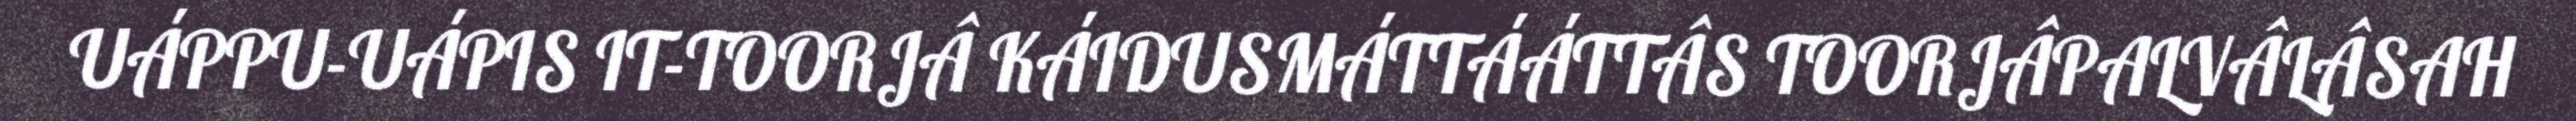
UÁPPU-UÁPIS IT-TOORJÂ KÁIDUSMÁTTÁÁTTÂS TOORJÂPALVÂLÂSAH